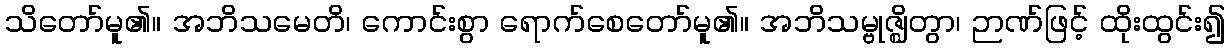
သိတော်မူ၏။ အဘိသမေတိ၊ ကောင်းစွာ ရောက်စေတော်မူ၏။ အဘိသမ္ဗုဇ္ဈိတွာ၊ ဉာဏ်ဖြင့် ထိုးထွင်း၍